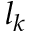
l _ { k }